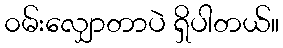
၀မ်းလျှောတာပဲ ရှိပါတယ်။